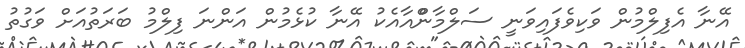
އޭނާ އެފިލްމުން ވަކިވެފައިވަނީ ސަލްމާންްއާއެކު އޭނާ ކުޅެމުން އަންނަ ފިލްމު ބަރަތުއަށް ވަގުތު